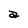
Character: a